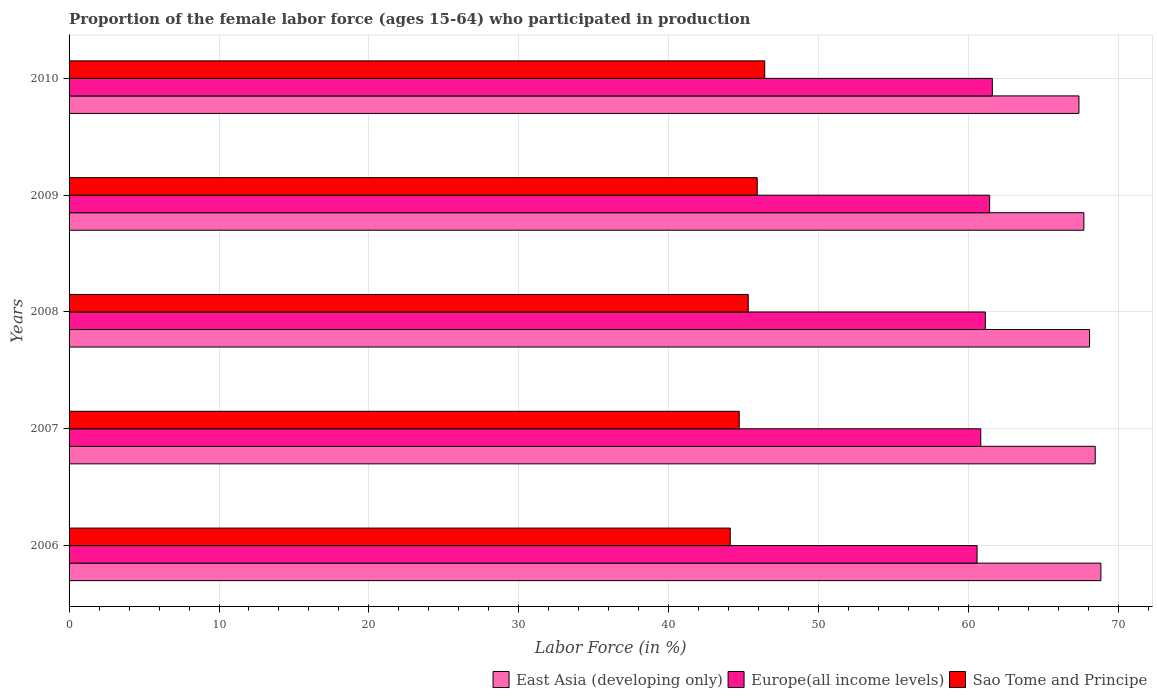
| Years | East Asia (developing only) | Europe(all income levels) | Sao Tome and Principe |
 | --- | --- | --- | --- |
 | 2006 | 68.8 | 60.6 | 44.1 |
 | 2007 | 68.4 | 60.8 | 44.7 |
 | 2008 | 68.1 | 61.1 | 45.3 |
 | 2009 | 67.7 | 61.4 | 45.9 |
 | 2010 | 67.4 | 61.6 | 46.4 |